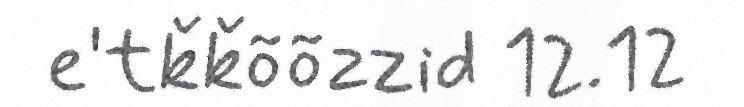
e'tǩǩõõzzid 12.12